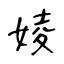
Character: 婈